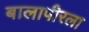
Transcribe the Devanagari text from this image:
बालापीरला